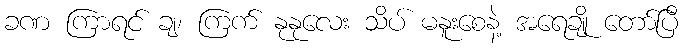
ခဏ ကြာရင် ချ၊ ကြက် နုနုလေး သိပ် မနူးစေနဲ့ အရေချို တော်ပြီ